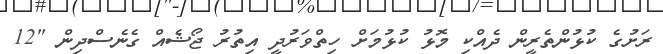
ރަށުގެ ކުޅުންތެރީން ދެއްކި މޮޅު ކުޅުމަށް ހިތްވަރުދީ އިތުރު ޖޯޝެއް ގެނެސްދިން "12